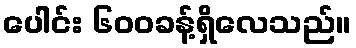
ပေါင်း ၆၀၀ခန့်ရှိလေသည်။